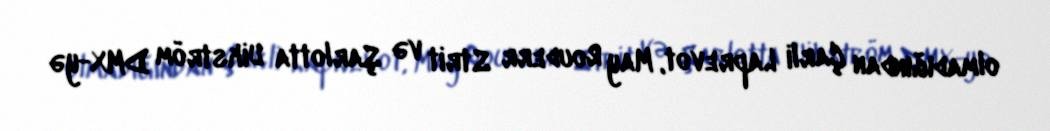
olmadığından Çarli Laprevot, May Rouderr Strit və Şarlotta Uikström DMX-yə